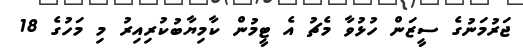
ޖަރުމަނުގެ ސީޒަން ހުޅުވާ މެޗު އެ ޓީމުން ކާމިޔާބުކުރިއިރު މި މަހުގެ 18